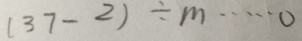
( 3 7 - 2 ) \div m \cdots 0